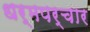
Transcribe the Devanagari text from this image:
धर्मपर्चार